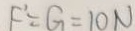
F ^ { \prime } = G = 1 0 N